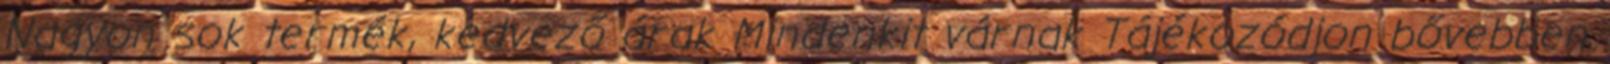
Nagyon sok termék, kedvező árak Mindenkit várnak Tájékozódjon bővebben